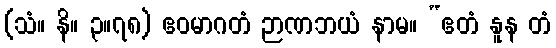
(သံ။ နိ။ ၃။၇၈) ဧဝမာဂတံ ဉာဏဘယံ နာမ။ “ဧတံ နူန တံ